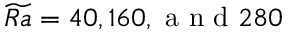
\widetilde { R a } = 4 0 , 1 6 0 , \mathrm { ~ a ~ n ~ d ~ } 2 8 0